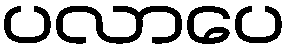
ပလာပေ